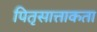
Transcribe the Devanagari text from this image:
पितृसात्ताकता